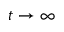
t \rightarrow \infty